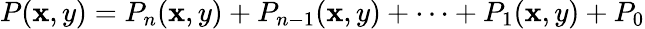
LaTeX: P(\mathbf{x},y)=P_{n}(\mathbf{x},y)+P_{n-1}(\mathbf{x},y)+\cdots+P_{1}(\mathbf{x},y)+P_{0}